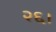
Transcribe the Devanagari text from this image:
२६।